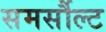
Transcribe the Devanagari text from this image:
समर्सौल्ट